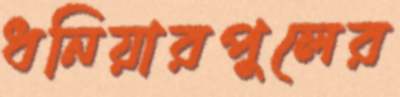
ধনিয়ারপুলের